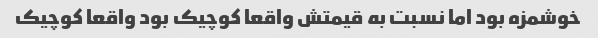
خوشمزه بود اما نسبت به قیمتش واقعا کوچیک بود واقعا کوچیک